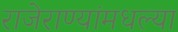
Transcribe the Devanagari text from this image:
राजेराण्यांमधल्या